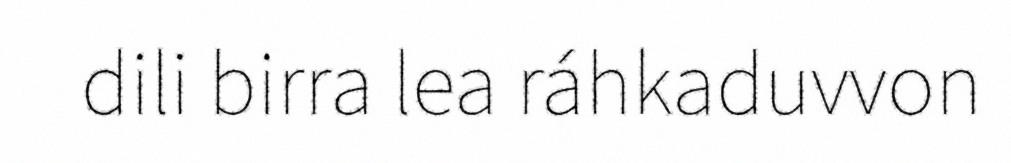
dili birra lea ráhkaduvvon